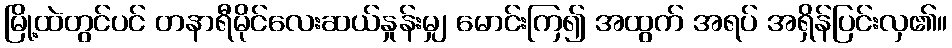
မြို့ထဲတွင်ပင် တနာရီမိုင်လေးဆယ်နှုန်းမျှ မောင်းကြ၍ အထွက် အရပ် အရှိန်ပြင်းလှ၏။